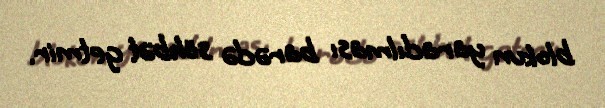
blokun yaradılması barədə söhbət getmir.